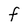
Character: F